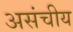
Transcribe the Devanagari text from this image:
असंचीय